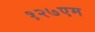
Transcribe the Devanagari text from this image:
१२७एम